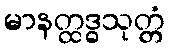
မာနတ္ထဒ္ဓသုတ္တံ